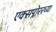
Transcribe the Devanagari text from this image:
एक्सप्लोररच्या